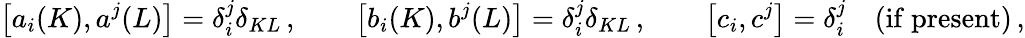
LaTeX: \left[a_{i}(K),a^{j}(L)\right]=\delta_{i}^{j}\delta_{KL}\, ,\qquad\left[b_{i}(K),b^{j}(L)\right]=\delta_{i}^{j}\delta_{KL}\, ,\qquad\left[c_{i},c^{j}\right]=\delta_{i}^{j}\quad\mathrm{(if~present)}\, ,